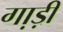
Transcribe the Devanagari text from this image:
गा़ड़ी